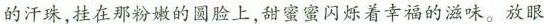
的汗珠，挂在那粉嫩的圆脸上，甜蜜蜜闪烁着幸福的滋味。放眼